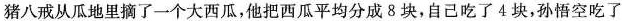
猪八戒从瓜地里摘了一个大西瓜，他把西瓜平均分成8块，自己吃了4块，孙悟空吃了